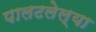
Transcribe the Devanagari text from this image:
पालटलेल्या